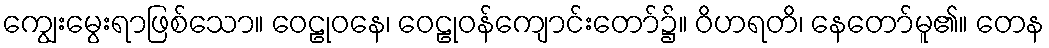
ကျွေးမွေးရာဖြစ်သော။ ဝေဠုဝနေ၊ ဝေဠုဝန်ကျောင်းတော်၌။ ဝိဟရတိ၊ နေတော်မူ၏။ တေန